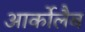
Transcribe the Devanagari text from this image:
आर्कोलैब